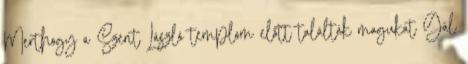
Merthogy a Szent László templom előtt találták magukat Gál